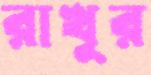
রাখুর